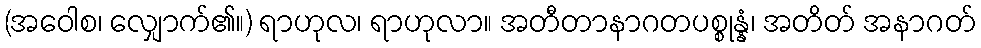
(အဝေါစ၊ လျှောက်၏။) ရာဟုလ၊ ရာဟုလာ။ အတီတာနာဂတပစ္စုန္နံ၊ အတိတ် အနာဂတ်